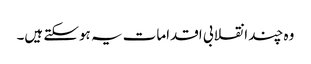
وہ چند انقلابی اقدامات یہ ہوسکتے ہیں۔